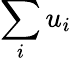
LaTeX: \sum_{i}u_{i}